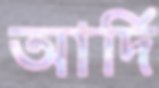
আর্দি